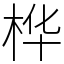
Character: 桦